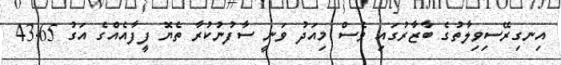
އިނގިރޭސިވިލާތުގެ ބާޒާރުގައި ވެސް މިއަދު ވަނީ ސާފުނުކުރާ ތެޔޮ ފީފާއެއްގެ އަގު 43.65